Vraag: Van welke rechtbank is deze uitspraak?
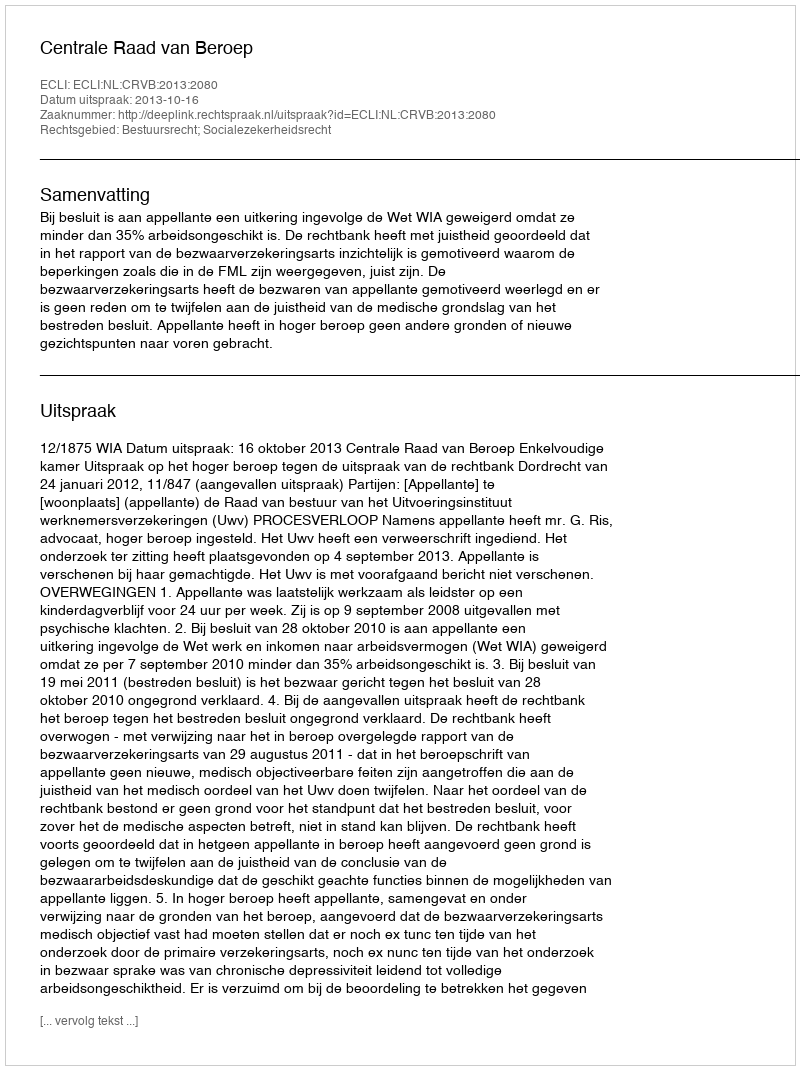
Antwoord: Centrale Raad van Beroep